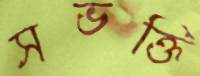
সভক্তি